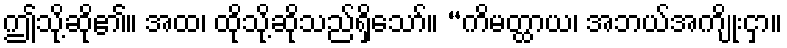
ဤသို့ဆို၏။ အထ၊ ထိုသို့ဆိုသည်ရှိသော်။ “ကိမတ္ထာယ၊ အဘယ်အကျိုးငှာ။